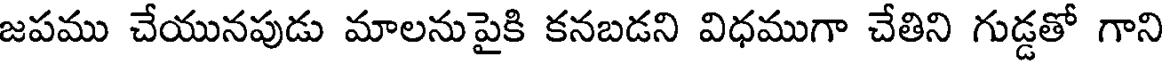
జపము చేయునపుడు మాలనుపైకి కనబడని విధముగా చేతిని గుడ్డతో గాని